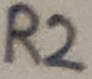
Text: R2